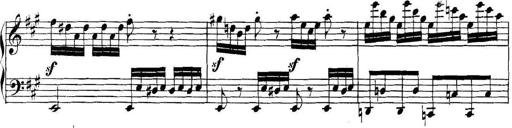
Title: Collected Piano Sonatas
Composer: Muzio Clementi